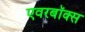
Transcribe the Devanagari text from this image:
एवरबॉक्स